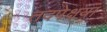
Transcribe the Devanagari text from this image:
तदपेक्षया